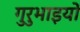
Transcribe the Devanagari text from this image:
गुरुभाइयों